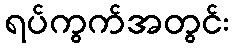
ရပ်ကွက်အတွင်း